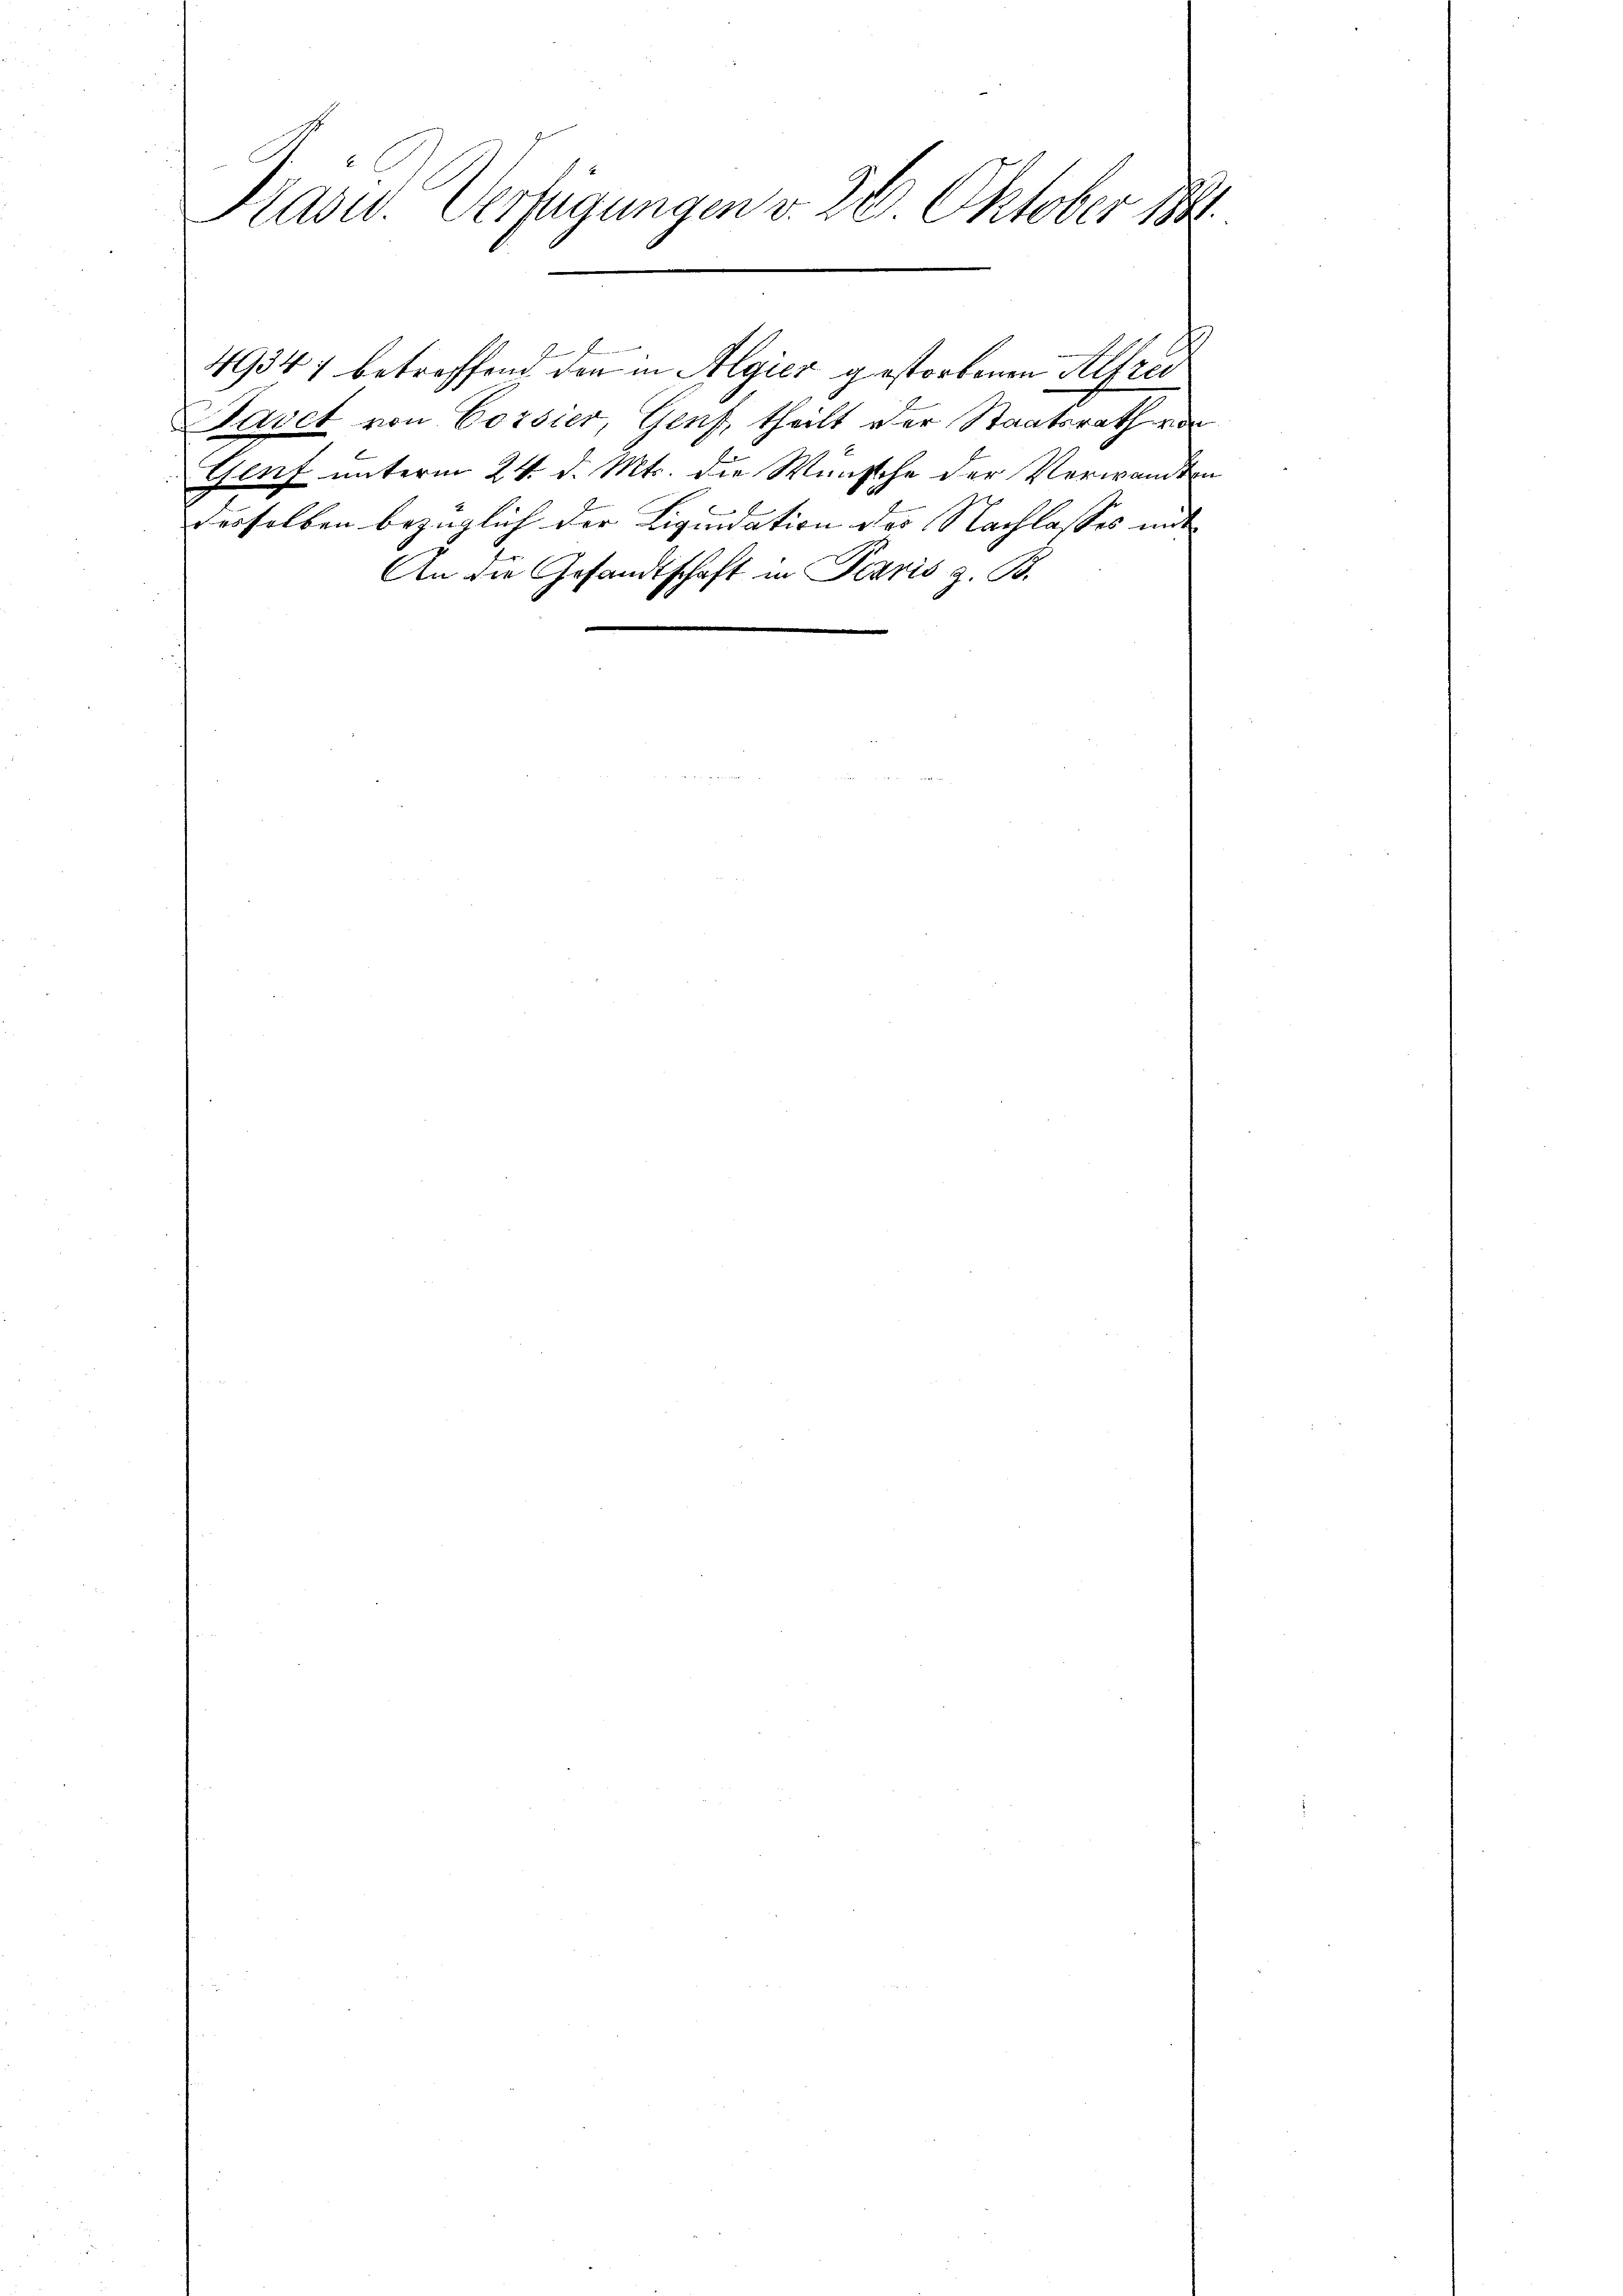
Präsid. Verfügungen v. 26. Oktober 1841

2
49347 betreffend den in Algier gestorbenen Alfred
avet von Corsier, Genf, theilt der Staatsrath von
Gluf unterm 24. d. Mts. die Wünsche der Verwandten
J
desselben bezüglich der Liquidation des Nachlasses mit
An die Gesandtschaft in Paris z. B.

b